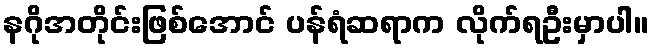
နဂိုအတိုင်းဖြစ်အောင် ပန်ရံဆရာက လိုက်ရဦးမှာပါ။